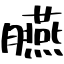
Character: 臙